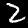
Digit: 2